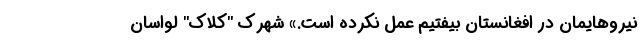
نیروهایمان در افغانستان بیفتیم عمل نکرده است.» شهرک "کلاک" لواسان